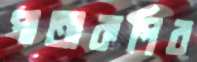
পাতাকপির